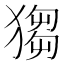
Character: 𤠮